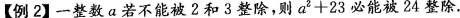
【例2】一整数a若不能被2和3整除，则a^_{2}+23必能被24整除。